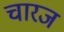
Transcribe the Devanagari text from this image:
चारज